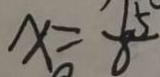
x = \frac { 1 5 } { 8 }